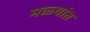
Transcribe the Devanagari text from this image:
मळ्यांत